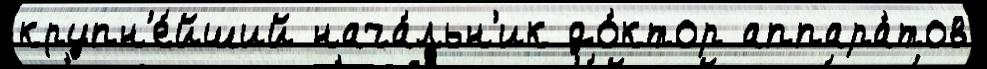
крупн'е́йший нача́льн'ик до́ктор аппара́тов